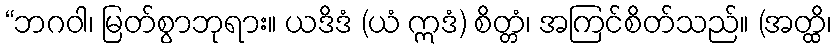
“ဘဂဝါ၊ မြတ်စွာဘုရား။ ယဒိဒံ (ယံ ဣဒံ) စိတ္တံ၊ အကြင်စိတ်သည်။ (အတ္ထိ၊